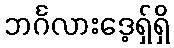
ဘင်္ဂလားဒေ့ရှ်ရှိ